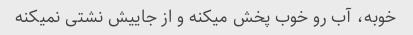
خوبه، آب رو خوب پخش میکنه و از جاییش نشتی نمیکنه